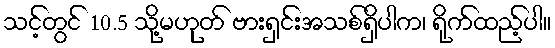
သင့်တွင် 10.5 သို့မဟုတ် ဗားရှင်းအသစ်ရှိပါက၊ ရိုက်ထည့်ပါ။